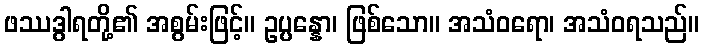
ဖဿဒွါရတို့၏ အစွမ်းဖြင့်။ ဥပ္ပန္နော၊ ဖြစ်သော။ အသံဝရော၊ အသံဝရသည်။